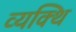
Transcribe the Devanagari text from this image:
व्यक्थि